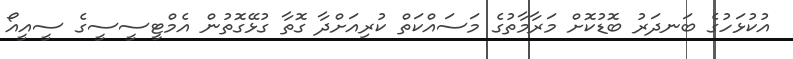
އުކުޅަހުގެ ބަނދަރު ބޮޑުކޮށް މަރާމާތުގެ މަސައްކަތް ކުރިއަށްދާ ގޮތާ ގުޅޭގޮތުން އެމްޓީސީސީގެ ސީއީއޯ